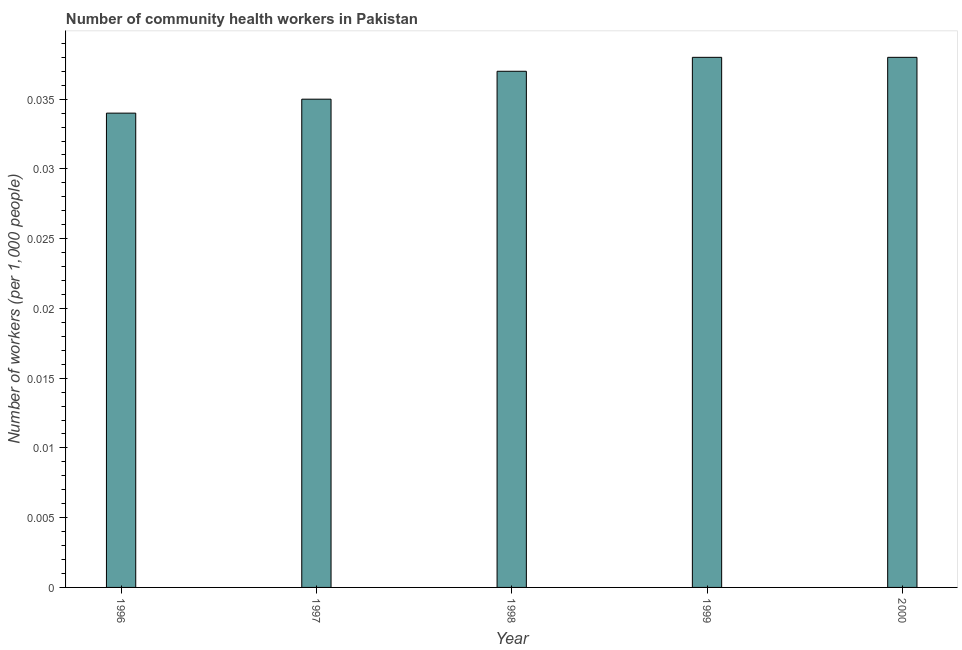
| Year | Community health workers |
 | --- | --- |
 | 1996 | 0.034 |
 | 1997 | 0.035 |
 | 1998 | 0.037 |
 | 1999 | 0.038 |
 | 2000 | 0.038 |